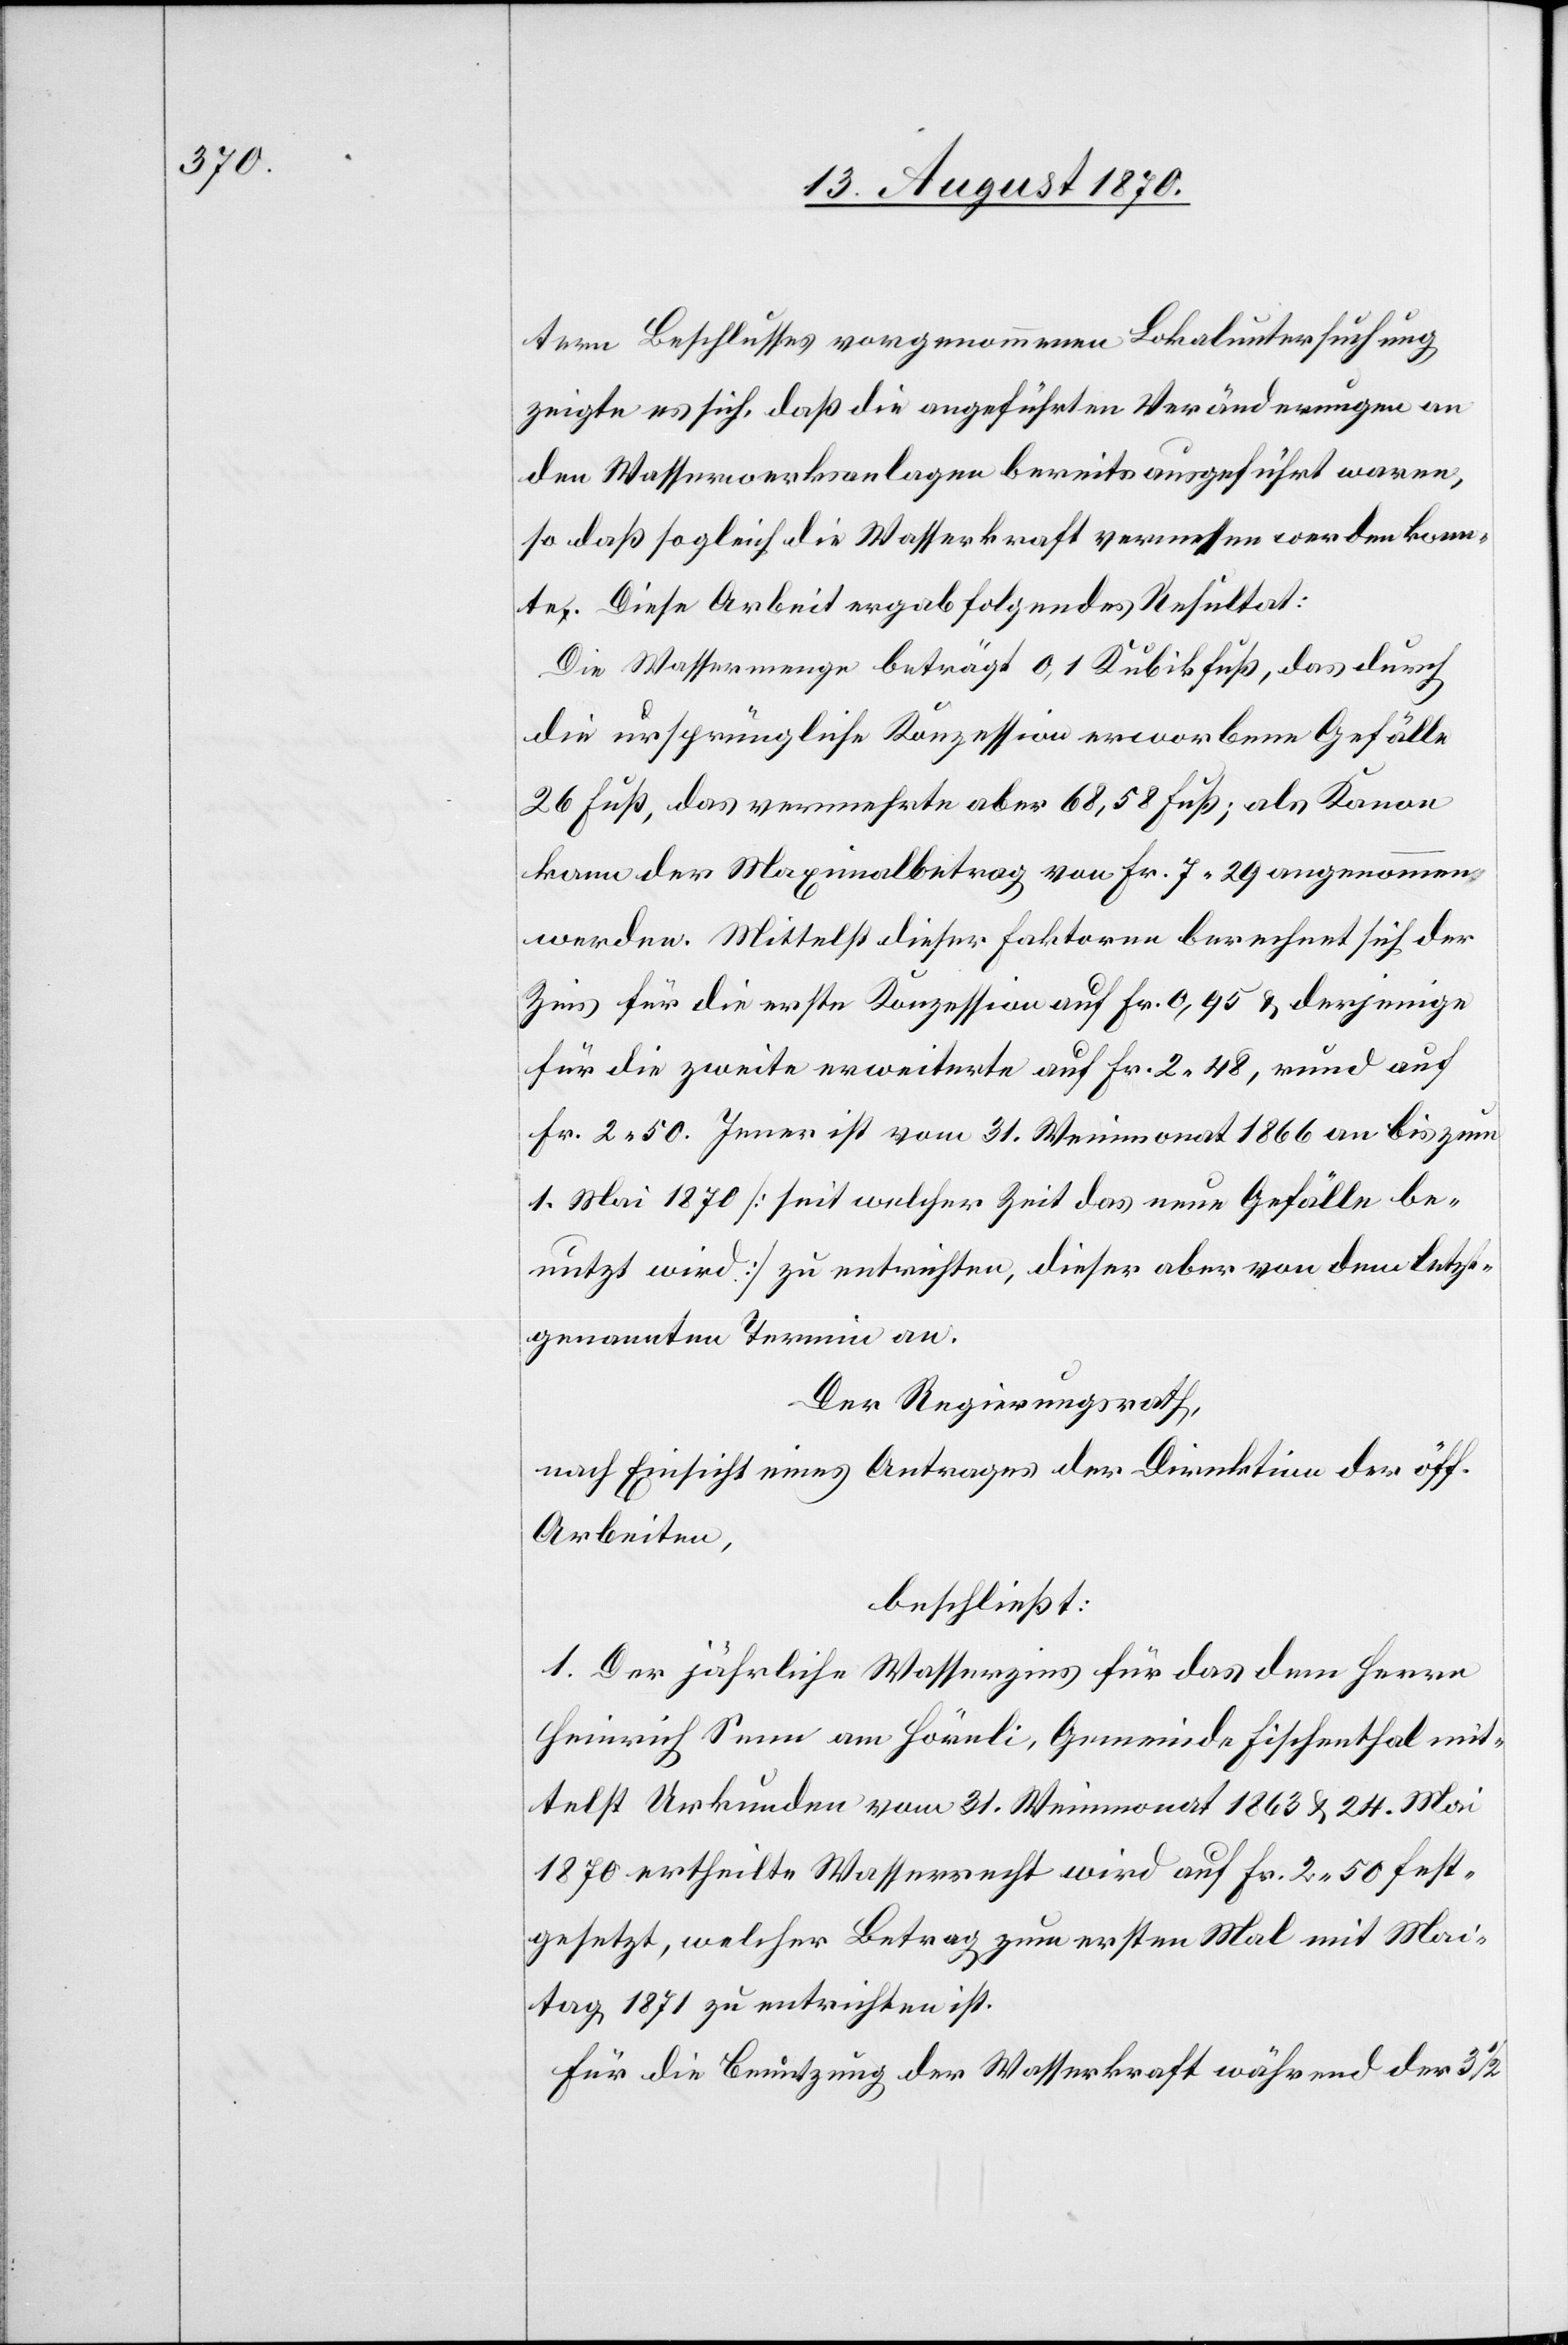
tern Beschlusses vorgenommenen Lokaluntersuchung
zeigte es sich, daß die angeführten Veränderungen an
den Wasserwerksanlagen bereits ausgeführt waren,
so daß sogleich die Wasserkraft vermessen werden konn¬
te. Diese Arbeit ergab folgendes Resultat:
Die Wassermenge beträgt 0,1 Kubikfuß, das durch
die ursprüngliche Konzession erworbene Gefälle
26 Fuß, das vermehrte aber 68,58 Fuß; als Kanon
kann der Maximalbetrag von Fr. 7.29 angenommen
werden. Mittelst dieser Faktoren berechnet sich der
Zins für die erste Konzession auf Fr. 0,95 & derjenige
für die zweite erweiterte auf Fr. 2.48, rund auf
Fr. 2.50. Jener ist vom 31. Weinmonat 1866 an bis zum
1. Mai 1870 [seit welcher Zeit das neue Gefälle be¬
nutzt wird] zu entrichten, dieser aber von dem letzt¬
genannten Termin an.
Der Regierungsrath,
nach Einsicht eines Antrages der Direktion der öff.
Arbeiten,
beschließt:
1. Der jährliche Wasserzins für das dem Herrn
Heinrich Senn am Hörnli, Gemeinde Fischenthal mit¬
telst Urkunden vom 31. Weinmonat 1863 & 24. Mai
1870 ertheilte Wasserrecht wird auf Fr. 2.50 fest¬
gesetzt, welcher Betrag zum ersten Mal mit Mai¬
tag 1870 zu entrichten ist.
Für die Benutzung der Wasserkraft während der 3 1/2